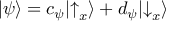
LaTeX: | \psi \rangle = c _ { \psi } | { \uparrow } _ { x } \rangle + d _ { \psi } | { \downarrow } _ { x } \rangle